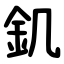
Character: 釠